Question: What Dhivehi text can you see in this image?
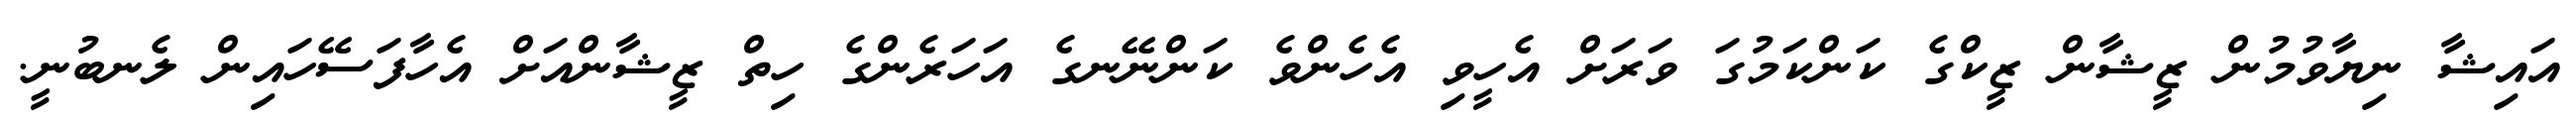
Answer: އައިޝާ ނިޔާވުމުން ޒީޝާން ޒީކްގެ ކަންކަމުގަ ވަރަށް އެހީވި އެހެންވެ ކަންނޭނގެ އަހަރެންގެ ހިތް ޒީޝާންއަށް އެހާފަސޭހައިން ލެނބުނީ.